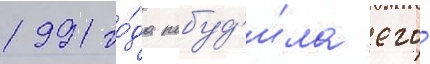
1991 го́да побуд'и́ла его́